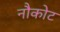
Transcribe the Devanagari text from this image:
नौकोट